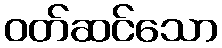
ဝတ်ဆင်သော